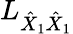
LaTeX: L_{\hat{X}_{1}\hat{X}_{1}}